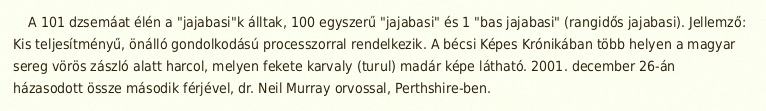
A 101 dzsemáat élén a "jajabasi"k álltak, 100 egyszerű "jajabasi" és 1 "bas jajabasi" (rangidős jajabasi). Jellemző: Kis teljesítményű, önálló gondolkodású processzorral rendelkezik. A bécsi Képes Krónikában több helyen a magyar sereg vörös zászló alatt harcol, melyen fekete karvaly (turul) madár képe látható. 2001. december 26-án házasodott össze második férjével, dr. Neil Murray orvossal, Perthshire-ben.